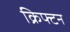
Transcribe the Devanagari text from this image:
क्रिफ्टन